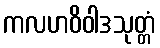
ကလဟဝိဝါဒသုတ္တံ